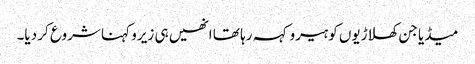
میڈیا جن کھلاڑیوں کو ہیرو کہہ رہا تھا انھیں ہی زیرو کہنا شروع کر دیا۔